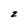
Character: z